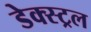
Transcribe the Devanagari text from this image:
डेक्स्ट्रल